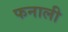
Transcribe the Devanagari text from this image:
फनाली